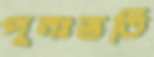
পুনঃভর্তি